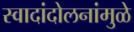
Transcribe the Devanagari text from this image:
स्वादांदोलनांमुळे